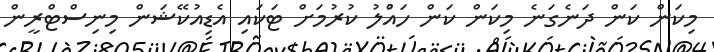
މިކަން ކަން ދަނެގަނެ މިކަން ކަން ހައްުލު ކުރުމަށް ޓަކައި އެޑިއުކޭޝަން މިނިސްޓްރީން